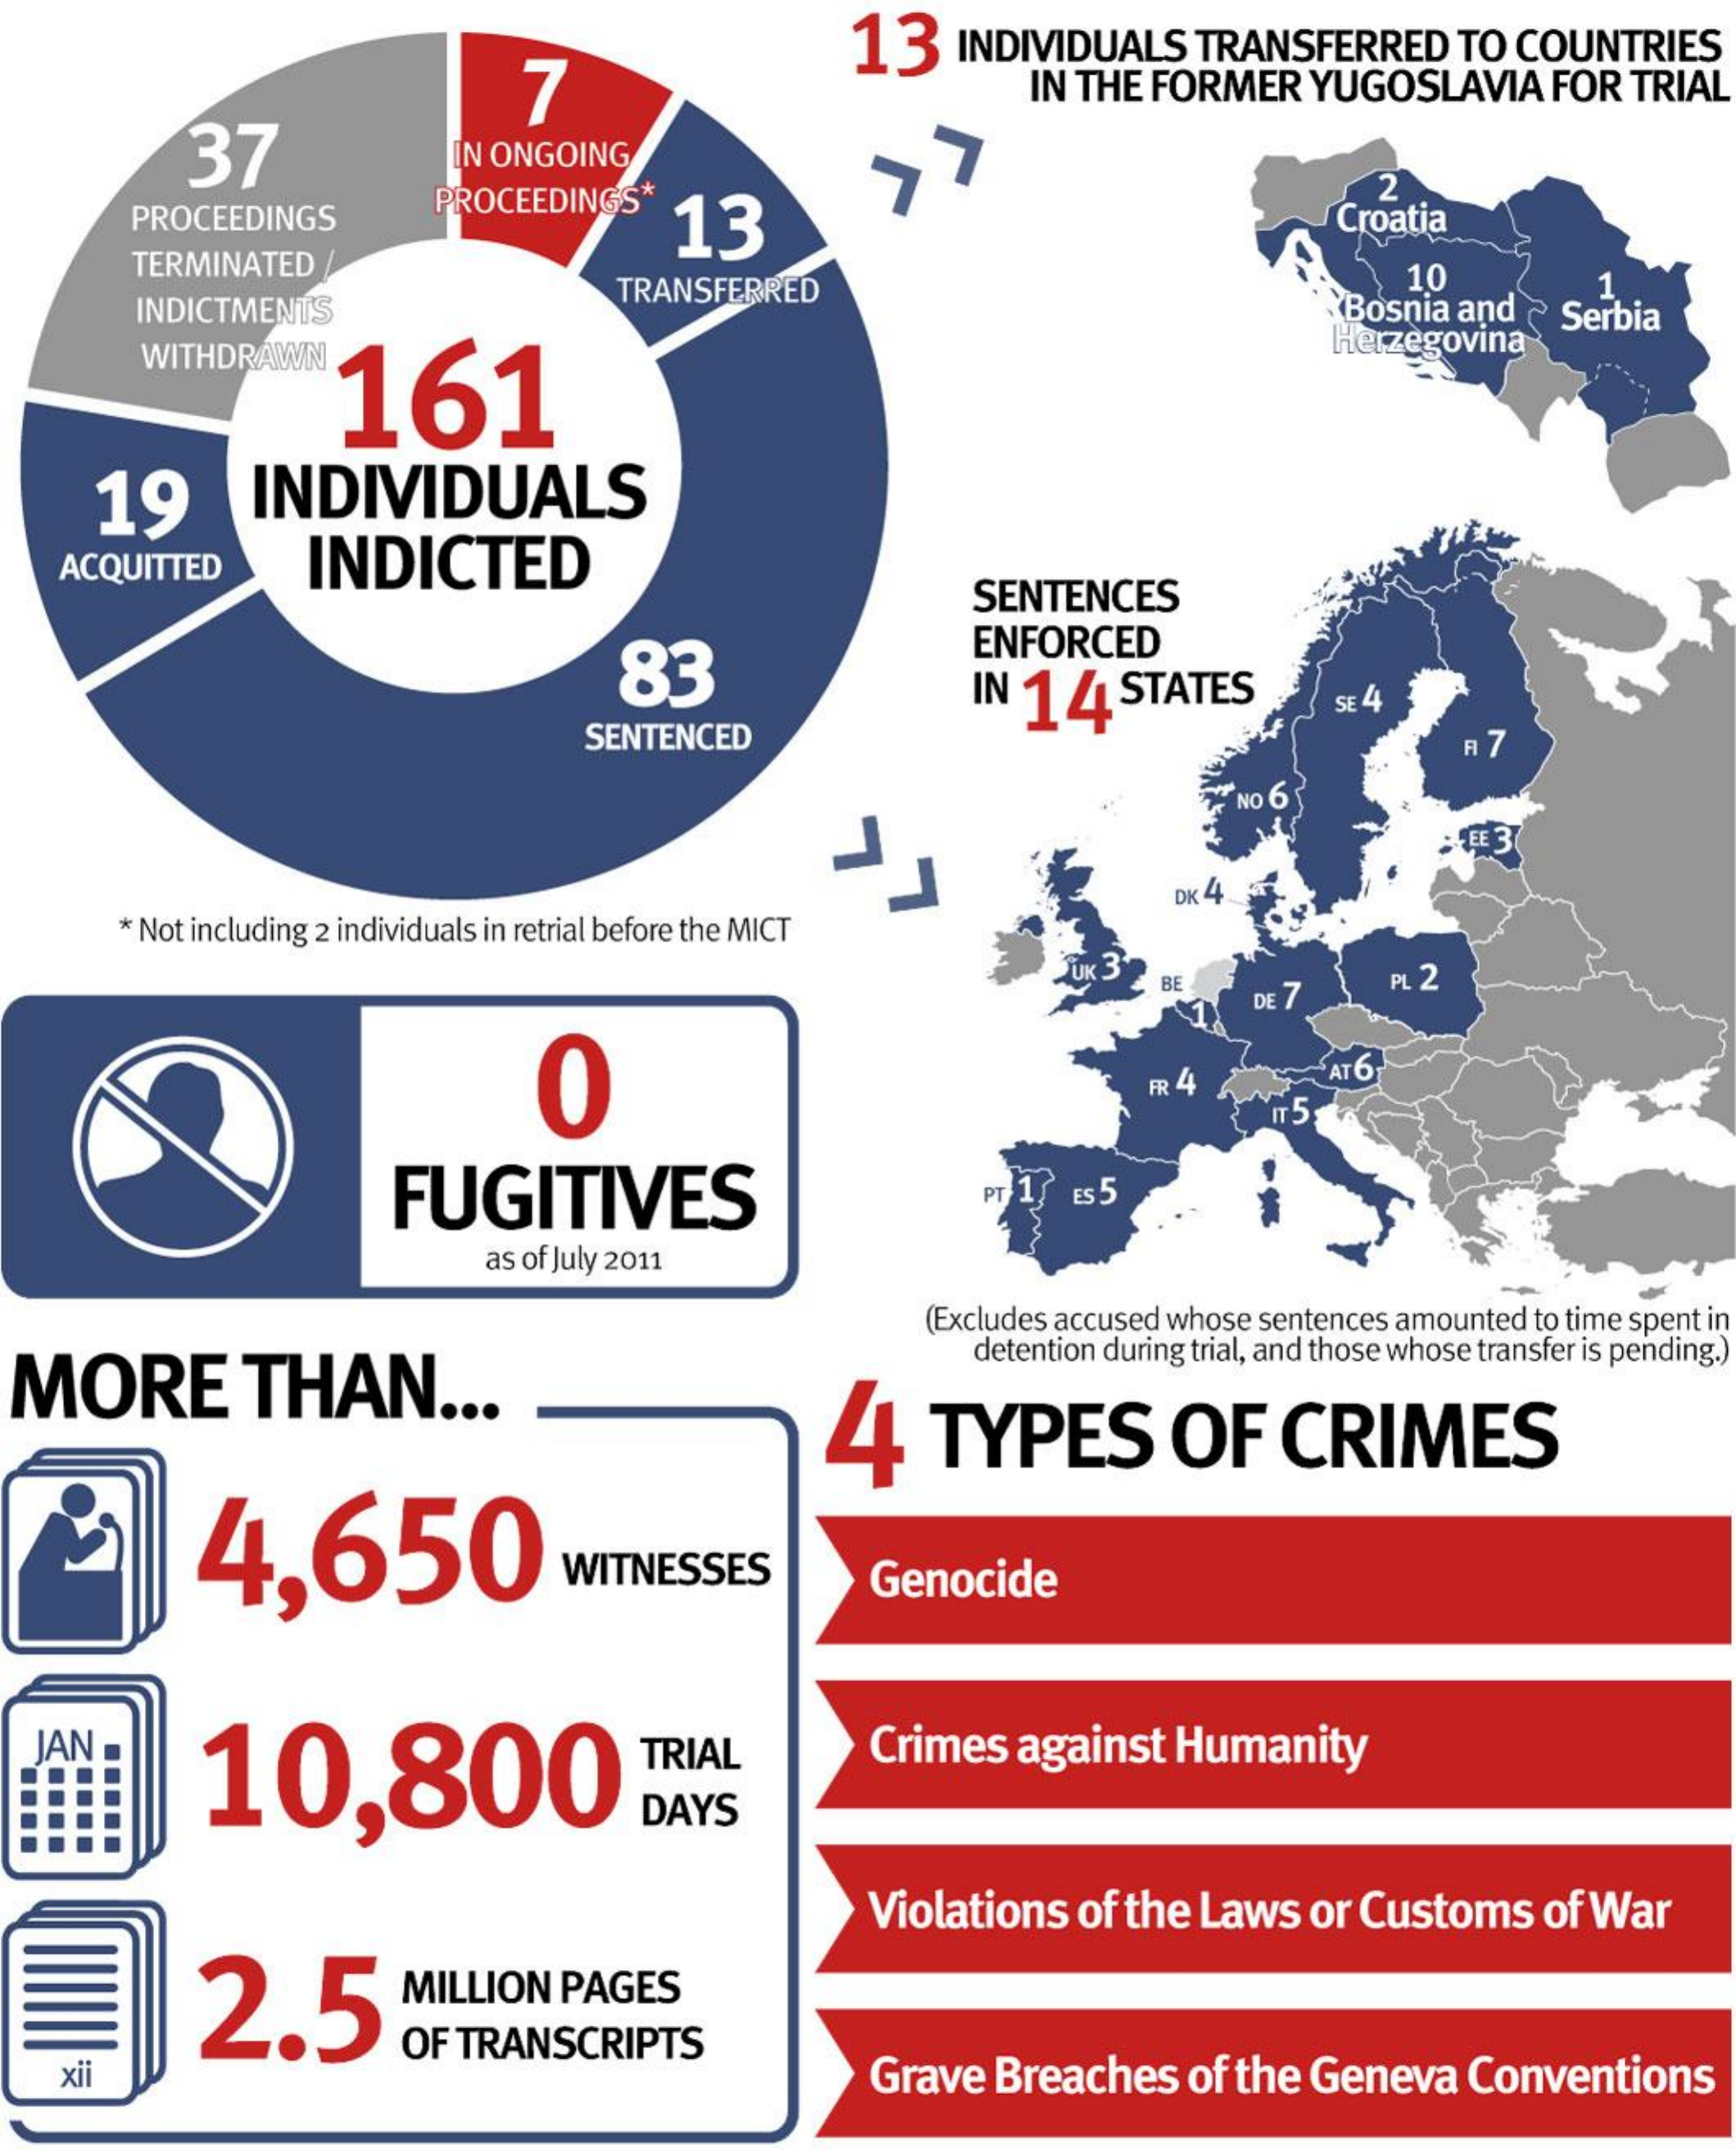
37
     7
     13    INDIVIDUALS    TRANSFERRED    TO  COUNTRIES
     IN  THE FORMER    YUGOSLAVIA    FOR  TRIAL
     IN ONGOING
     PROCEEDINGS    PROCEEDINGS*
     13
     2
     Croatia
     TERMINATED
     INDICTMENTS
     TRANSFERRED
     Bosnia  and  ~ Serbia
     10    1
     WITHDRAWN
     161
     Herzegovina
     19    INDIVIDUALS
    ACQUITTED    INDICTED
     SENTENCES
     83
     ENFORCED
     IN 14    STATES    SE 4
     SENTENCED
     NO 6
     * Not including 2 individuals in retrial before the MICT
     DK 4
     BE
     DE
     PL 2
     0    FR 44    "AT 6
     FUGITIVES    PT    ES 5
     as of July 2011
     (Excludes accused whose sentences amounted to time spent in
  MORE    THAN    ...
     detention during trial, and those whose transfer is pending.
     4    TYPES    OF    CRIMES
     4,650    WITNESSES    Genocide
   JAN
     10,800
     TRIAL    Crimes    against   Humanity
     DAYS
     Violations    of the  Laws    or Customs    of War
     2.5    MILLION    PAGES
     OF  TRANSCRIPTS
    xii    Grave    Breaches    of  the  Geneva    Conventions